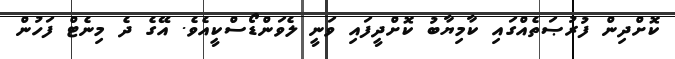
ކޮށްދިން ފުރުޞަތެއްގައި ކާމިޔާބު ކޮށްދީފައި ވަނީ ލެވަންޑޯސްކީއެވެ. އޭގެ ދެ މިނެޓް ފަހުން